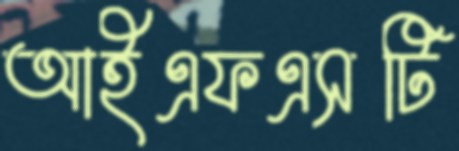
আইএফএসটি